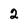
Character: 2